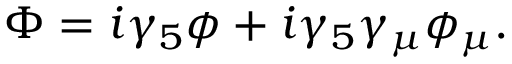
\Phi = i \gamma _ { 5 } \phi + i \gamma _ { 5 } \gamma _ { \mu } \phi _ { \mu } .